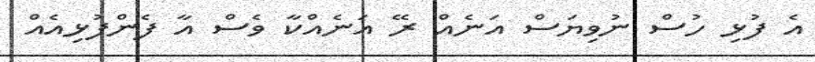
އެ ފުޅި ހުސް ނުވިޔަސް އަނެއް ރޭ އަނެއްކާ ވެސް އާ ފެންފުޅިއެއް